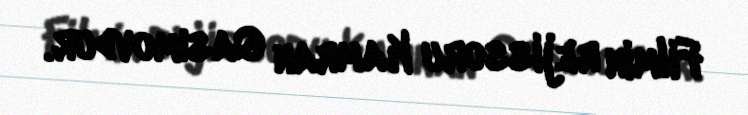
Filmin rejissoru Kamran Qasımovdur.